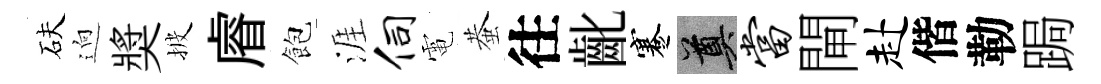
砆逈奬披𥈠飽涯伺電蛬往齔蹇奠当閘赴偕勒跼